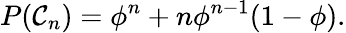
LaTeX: P(\mathcal C_{n})=\phi^{n}+n\phi^{n-1}(1-\phi).